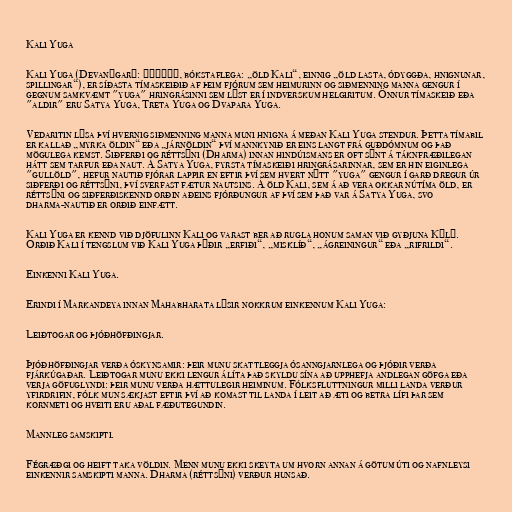
Kali Yuga

Kali Yuga (Devanāgarī: कलियुग, bókstaflega: „öld Kali“, einnig „öld lasta, ódyggða, hnignunar,
spillingar“), er síðasta tímaskeiðið af þeim fjórum sem heimurinn og siðmenning manna gengur í
gegnum samkvæmt "yuga" hringrásinni sem lýst er í indverskum helgiritum. Önnur tímaskeið eða
"aldir" eru Satya Yuga, Treta Yuga og Dvapara Yuga.

Vedaritin lýsa því hvernig siðmenning manna muni hnigna á meðan Kali Yuga stendur. Þetta tímabil
er kallað „myrka öldin“ eða „járnöldin“ því mannkynið er eins langt frá guðdómnum og það
mögulega kemst. Siðferði og réttsýni (Dharma) innan hindúismans er oft sýnt á táknfræðilegan
hátt sem tarfur eða naut. Á Satya Yuga, fyrsta tímaskeiði hringrásarinnar, sem er hin eiginlega
"gullöld", hefur nautið fjórar lappir en eftir því sem hvert nýtt "yuga" gengur í garð dregur úr
siðferði og réttsýni, því sverfast fætur nautsins. Á öld Kali, sem á að vera okkar nútíma öld, er
réttsýni og siðferðiskennd orðin aðeins fjórðungur af því sem það var á Satya Yuga, svo
dharma-nautið er orðið einfætt.

Kali Yuga er kennd við djöfulinn Kali og varast ber að rugla honum saman við gyðjuna Kālī.
Orðið Kali í tengslum við Kali Yuga þýðir „erfiði“, „misklíð“, „ágreiningur“ eða „rifrildi“.

Einkenni Kali Yuga.

Erindi í Markandeya innan Mahabharata lýsir nokkrum einkennum Kali Yuga:

Leiðtogar og þjóðhöfðingjar.

Þjóðhöfðingjar verða óskynsamir: þeir munu skattleggja ósanngjarnlega og þjóðir verða
fjárkúgaðar. Leiðtogar munu ekki lengur álíta það skyldu sína að upphefja andlegan göfga eða
verja göfuglyndi: þeir munu verða hættulegir heiminum. Fólksfluttningur milli landa verður
yfirdrifin, fólk mun sækjast eftir því að komast til landa í leit að æti og betra lífi þar sem
kornmeti og hveiti eru aðal fæðutegundin.

Mannleg samskipti.

Fégræðgi og heift taka völdin. Menn munu ekki skeyta um hvorn annan á götum úti og nafnleysi
einkennir samskipti manna. Dharma (réttsýni) verður hunsað.